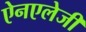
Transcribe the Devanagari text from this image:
ऐनएलेजी